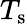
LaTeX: T_{\mathrm{s}}